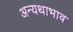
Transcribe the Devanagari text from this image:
अन्यथाभाव